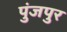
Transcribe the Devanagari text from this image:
पुंजपुर